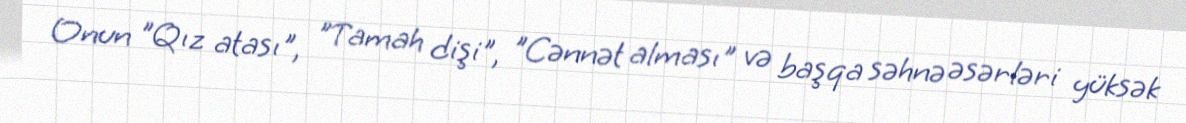
Onun "Qız atası", "Tamah dişi", "Cənnət alması" və başqa səhnə əsərləri yüksək